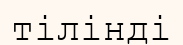
тілінді